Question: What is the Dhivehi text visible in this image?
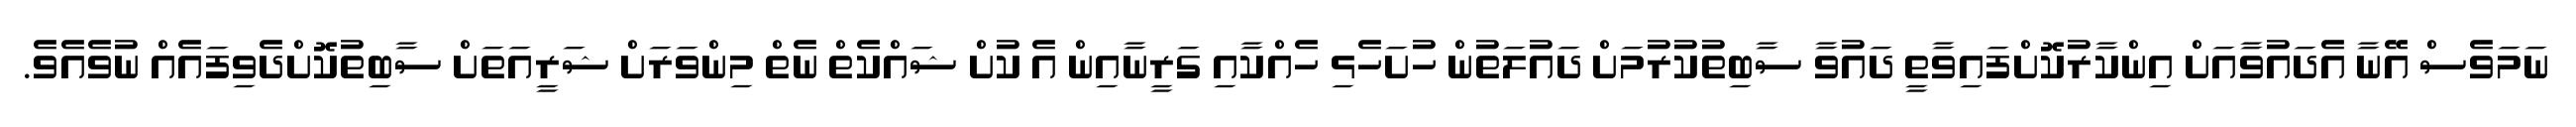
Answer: ނަމަވެސް އޭނާ އެދައުވާއަށް އިންކާރުކޮށްފައިވާތީ ދައުވާ ސާބިތުކުރުމަށް ދައުލަތުން ހުށަހެޅި ހެއްކާއި ގަރީނާއިން އެ ކުށް ޝައްކެތް ނެތް މިންވަރަށް ޝަރީއަތަށް ސާބިތުކޮށްދެވިފައެއް ނުވެއެވެ.